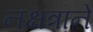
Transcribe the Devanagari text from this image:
नक्षत्राने